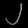
Digit: ၂